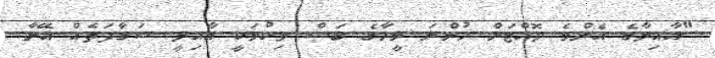
"އާއިލާގެ އެންމެ ދޮއްޓަށް ހުންނަ މީހާގެ ބަސް ވިކުމަކީ އާއިލީ ސަގާފަތެއް އޭނާ